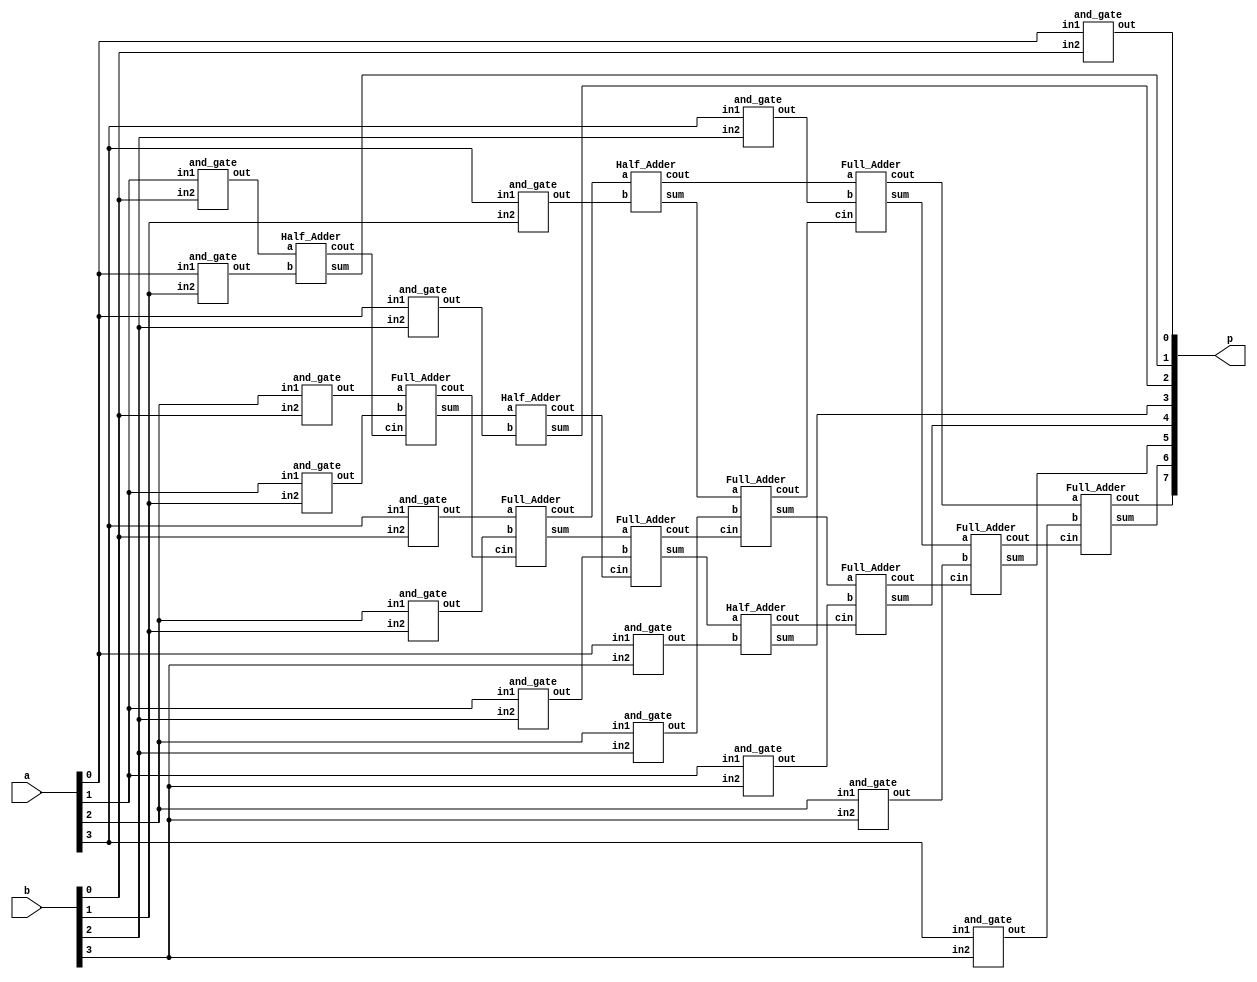
`timescale 1ns/1ps

module Multiplier_4bit(a, b, p);
input [3:0] a, b;
output [7:0] p;

wire [2:0] w1; // a3b0, a2b0, a1b0
wire [3:0] w2, w3, w4;
wire [3:0] cout1, cout2, cout3;
wire [2:0] sum_1, sum_2;

// and
and_gate and0(p[0], a[0], b[0]); // a0b0
and_gate and1[3:1](w1[2:0], a[3:1], b[0]); // a3b0, a2b0, a1b0
and_gate and2[3:0](w2, a, b[1]); // a3b1, a2b1, a1b1, a0b1
and_gate and3[3:0](w3, a, b[2]); // a3b2, a2b2, a1b2, a0b2
and_gate and4[3:0](w4, a, b[3]); // a3b3, a2b3, a1b3, a0b3
// HA
Half_Adder ha1(w1[0], w2[0], cout1[0], p[1]);
Half_Adder ha2(sum_1[0], w3[0], cout2[0], p[2]);
Half_Adder ha3(sum_2[0], w4[0], cout3[0], p[3]);
Half_Adder ha4(cout1[2], w2[3], cout1[3], sum_1[2]);
// FA
Full_Adder fa1(w1[1], w2[1], cout1[0], cout1[1], sum_1[0]);
Full_Adder fa2(w1[2], w2[2], cout1[1], cout1[2], sum_1[1]);
Full_Adder fa3(sum_1[1], w3[1], cout2[0], cout2[1], sum_2[0]);
Full_Adder fa4(sum_1[2], w3[2], cout2[1], cout2[2], sum_2[1]);
Full_Adder fa5(sum_2[1], w4[1], cout3[0], cout3[1], p[4]);
Full_Adder fa6(cout1[3], w3[3], cout2[2], cout2[3], sum_2[2]);
Full_Adder fa7(sum_2[2], w4[2], cout3[1], cout3[2], p[5]);
Full_Adder fa8(cout2[3], w4[3], cout3[2], p[7], p[6]);

endmodule

module Half_Adder(a, b, cout, sum);
input a, b;
output cout, sum;

xor_gate xor1(sum, a, b);
and_gate and1(cout, a, b);

endmodule

module Full_Adder (a, b, cin, cout, sum);
input a, b, cin;
output cout, sum;
wire w1;

Majority maj(cout, a, b, cin);
xor_gate xor1(w1, a, b);
xor_gate xor2(sum, w1, cin);

endmodule

module Majority(out, a, b, c);
input a, b, c;
output out;
wire w1, w2, w3, w4;

and_gate and1(w1, a, b);
and_gate and2(w2, a, c);
and_gate and3(w3, b, c);

or_gate or1(w4, w1, w2);
or_gate or2(out, w4, w3);

endmodule

module xor_gate(out, a, b);
input a, b;
output out;
wire w1, w2, w3;
nand nand1(w1, a, b);
nand nand2(w2, w1, a);
nand nand3(w3, w1, b);
nand nand4(out, w2, w3);

endmodule

module and_gate(out, in1, in2);
input in1, in2;
output out;
wire and_tmp;

nand nand2(and_tmp, in1, in2);
nand nand3(out, and_tmp, and_tmp);

endmodule

module or_gate(out, in1, in2);
input in1, in2;
output out;
wire or_tmp1, or_tmp2;

nand nand1(or_tmp1, in1, in1);
nand nand2(or_tmp2, in2, in2);
nand nand3(out, or_tmp1, or_tmp2);

endmodule